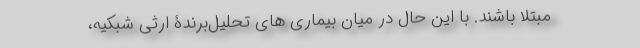
مبتلا باشند. با این حال در میان بیماری های تحلیل‌برندۀ ارثی شبکیه،